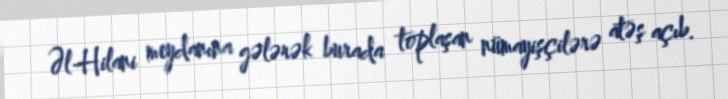
Əl-Hilani meydanına gələrək burada toplaşan nümayişçilərə atəş açıb.